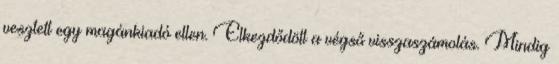
vesztett egy magánkiadó ellen. Elkezdődött a végső visszaszámolás. Mindig